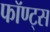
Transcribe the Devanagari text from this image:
फॉण्ट्स